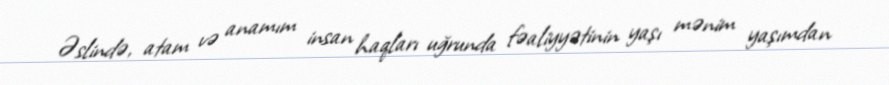
Əslində, atam və anamım insan haqları uğrunda fəaliyyətinin yaşı mənim yaşımdan